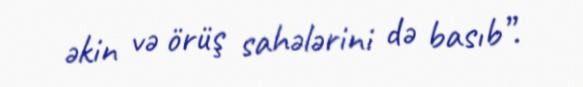
əkin və örüş sahələrini də basıb”.